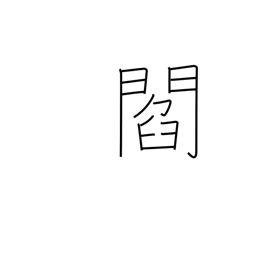
Meaning: town